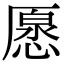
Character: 𠪰